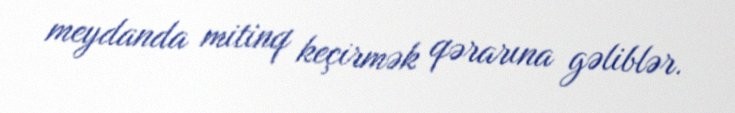
meydanda mitinq keçirmək qərarına gəliblər.